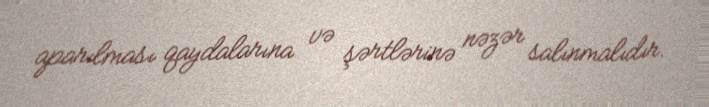
aparılması qaydalarına və şərtlərinə nəzər salınmalıdır.